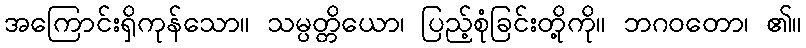
အကြောင်းရှိကုန်သော။ သမ္ပတ္တိယော၊ ပြည့်စုံခြင်းတို့ကို။ ဘဂဝတော၊ ၏။